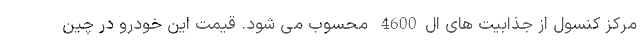
مرکز کنسول از جذابیت های ال4600 محسوب می شود. قیمت این خودرو در چین